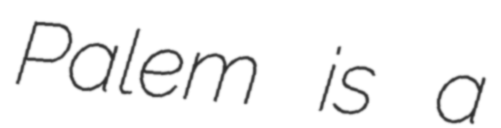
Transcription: Palem is a